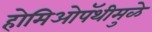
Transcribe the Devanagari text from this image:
होमिओपॅथीमुळे